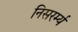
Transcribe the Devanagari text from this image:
निसरर्म्य